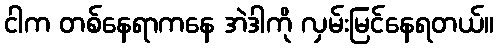
ငါက တစ်နေရာကနေ အဲဒါကို လှမ်းမြင်နေရတယ်။